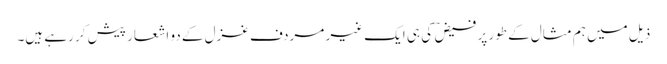
ذیل میں ہم مثال کے طور پر فیض ؔ کی ہی ایک غیر مردف غزل کے دو اشعار پیش کر رہے ہیں۔